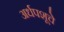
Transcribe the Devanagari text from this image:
अर्धपशूचे